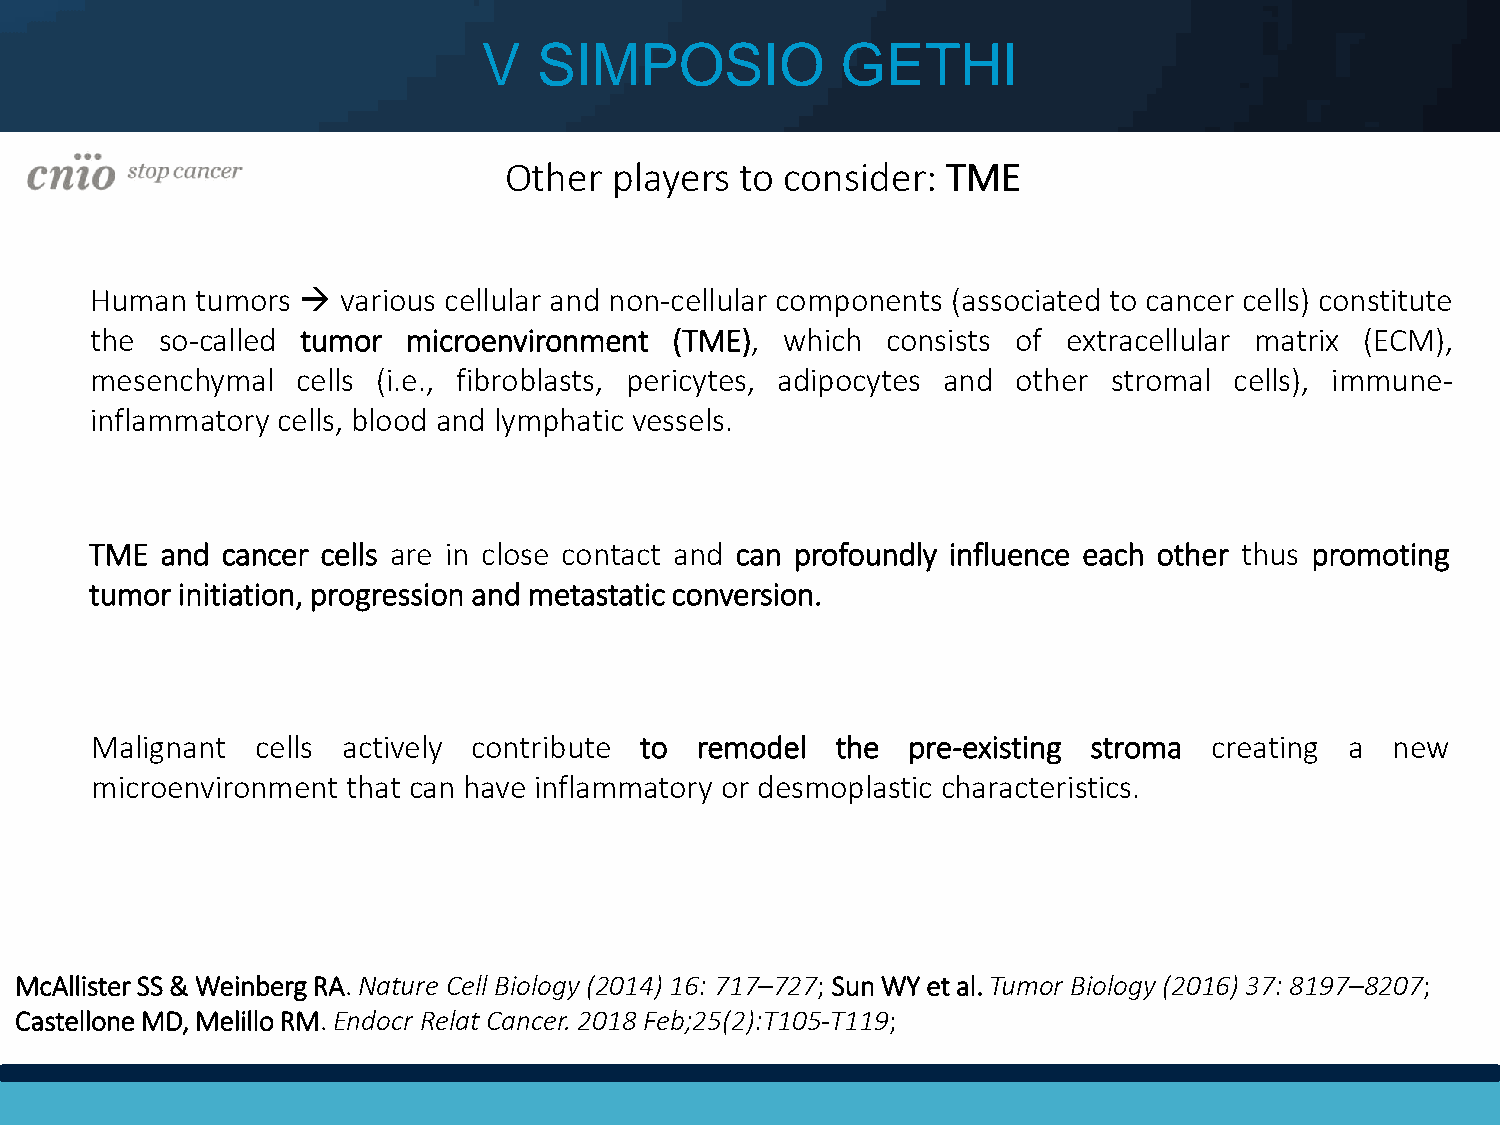
V   SIMPOSIO            GETHI
 Other   players to consider:  TME
 Human  tumors   various cellular and non-cellular components (associated to cancer cells) constitute
 the so-called tumor  microenvironment  (TME), which  consists of extracellular matrix (ECM),
 mesenchymal   cells (i.e., fibroblasts, pericytes, adipocytes and other stromal cells), immune-
 inflammatory cells, blood and lymphatic vessels.
 TME  and cancer cells are in close contact and can profoundly influence each other thus promoting
 tumor initiation, progression and metastatic conversion.
 Malignant  cells actively contribute to remodel  the  pre-existing stroma creating a  new
 microenvironment that can have inflammatory or desmoplastic characteristics.
 McAllister SS & Weinberg RA. Nature Cell Biology (2014) 16: 717–727; Sun WY et al. Tumor Biology (2016) 37: 8197–8207;
 Castellone MD, Melillo RM. Endocr Relat Cancer. 2018 Feb;25(2):T105-T119;